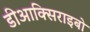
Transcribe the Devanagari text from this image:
डीआक्सिराइबो